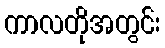
ကာလတိုအတွင်း